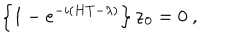
LaTeX: \left\{ 1 - e ^ { - i \left( H T - \lambda \right) } \right\} { \bf z } _ { 0 } = 0 \ ,